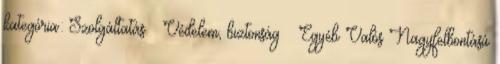
kategória: Szolgáltatás » Védelem, biztonság » Egyéb Valós Nagyfelbontású